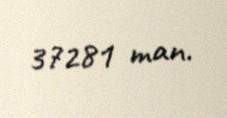
37281 man.